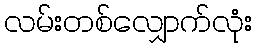
လမ်းတစ်လျှောက်လုံး